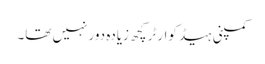
کمپنی ہیڈ کوارٹر کچھ زیادہ دور نہیں تھا۔